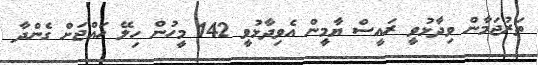
ތަރުޖަމާން ވިދާޅުވީ ރައީސް ޔާމީން އެވިދާޅުވީ 142 މީހުން ހިލޭ ހައްޖަށް ގެންދާ